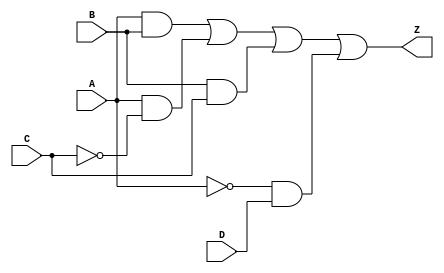
module combinational_logic_block (
    input wire A,  // Input variable A
    input wire B,  // Input variable B
    input wire C,  // Input variable C
    input wire D,  // Input variable D
    output wire Z  // Output result Z
);

// Intermediate signals for prime implicants
wire p1, p2, p3, p4; // Modify these as per your prime implicants

// Example prime implicants
assign p1 = A & B;            // Product term 1: AB
assign p2 = A & ~C;           // Product term 2: AC
assign p3 = B & C;            // Product term 3: BC
assign p4 = ~A & D;           // Product term 4: AD

// Combine the prime implicants using OR operation
assign Z = p1 | p2 | p3 | p4;  // Final output Z is the OR of all prime implicants

endmodule